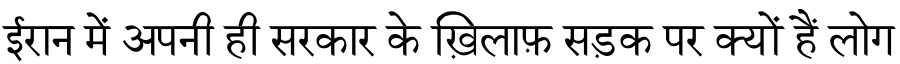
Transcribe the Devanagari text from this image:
ईरान में अपनी ही सरकार के ख़िलाफ़ सड़क पर क्यों हैं लोग